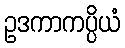
ဥဒကာကပ္ပိယံ